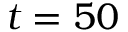
t = 5 0